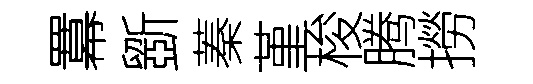
羃斵蓁堇梭腾撈